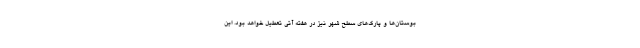
بوستان‌ها و پارک‌های سطح شهر نیز در هفته آتی تعطیل خواهد بود. این